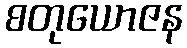
စတုယောဇန